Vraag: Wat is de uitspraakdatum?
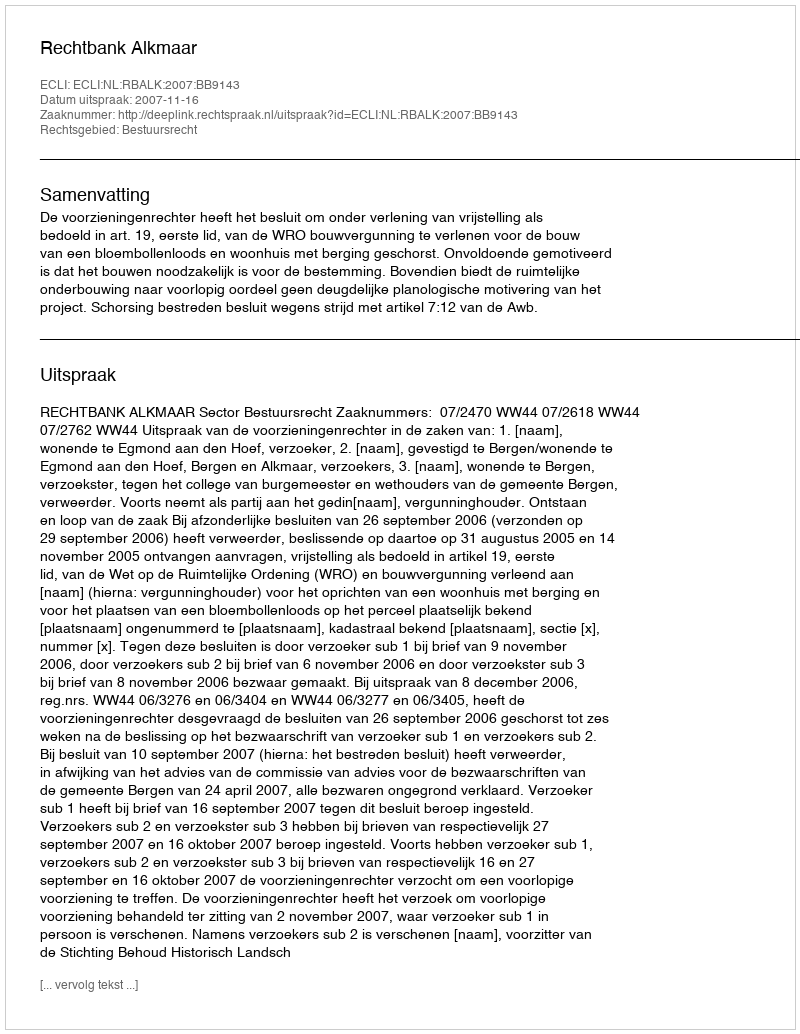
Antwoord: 2007-11-16